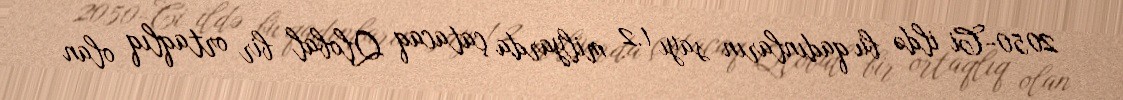
2050-Ci ildə bu qadınların sayı 1.2 milyarda çatacaq Qlobal bir ortaqlıq olan